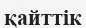
қайттік